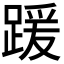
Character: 𫏖